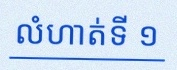
លំហាត់ទី ១